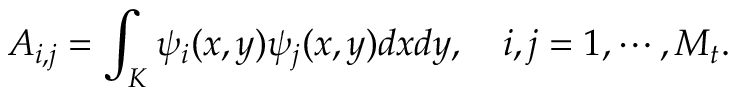
A _ { i , j } = \int _ { K } \psi _ { i } ( x , y ) \psi _ { j } ( x , y ) d x d y , \quad i , j = 1 , \cdots , M _ { t } .